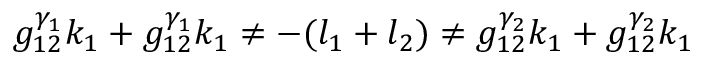
g _ { 1 2 } ^ { \gamma _ { 1 } } k _ { 1 } + g _ { 1 2 } ^ { \gamma _ { 1 } } k _ { 1 } \neq - ( l _ { 1 } + l _ { 2 } ) \neq g _ { 1 2 } ^ { \gamma _ { 2 } } k _ { 1 } + g _ { 1 2 } ^ { \gamma _ { 2 } } k _ { 1 }